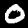
Label: 0